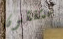
متفقون